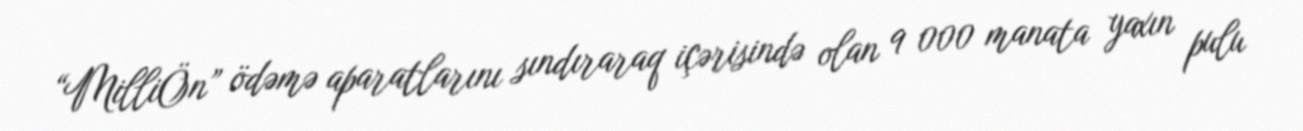
“MilliÖn” ödəmə aparatlarını sındıraraq içərisində olan 9 000 manata yaxın pulu